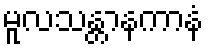
မူလသန္တာနကာနံ